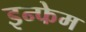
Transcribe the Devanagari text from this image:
इन्फेम